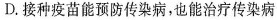
D. 接种疫苗能预防传染病，也能治疗传染病